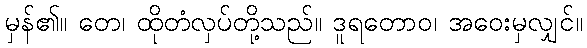
မှန်၏။ တေ၊ ထိုတံလှပ်တို့သည်။ ဒူရတောဝ၊ အဝေးမှလျှင်။